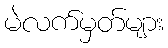
မဲလက်မှတ်များ